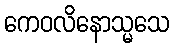
ကေဝလိနောသ္မသေ